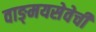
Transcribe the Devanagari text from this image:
वाङ्‌मयसेवेची